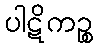
ပါဋိကဉ္စ